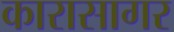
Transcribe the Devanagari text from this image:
कारासागर